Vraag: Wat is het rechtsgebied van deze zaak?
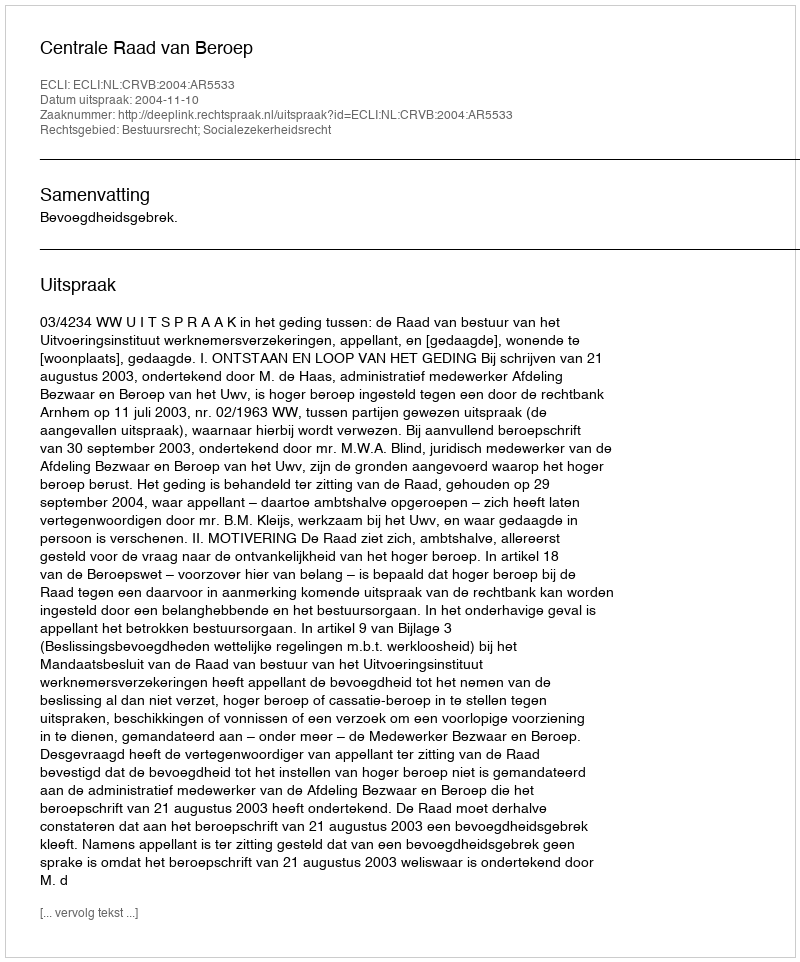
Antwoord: Bestuursrecht; Socialezekerheidsrecht